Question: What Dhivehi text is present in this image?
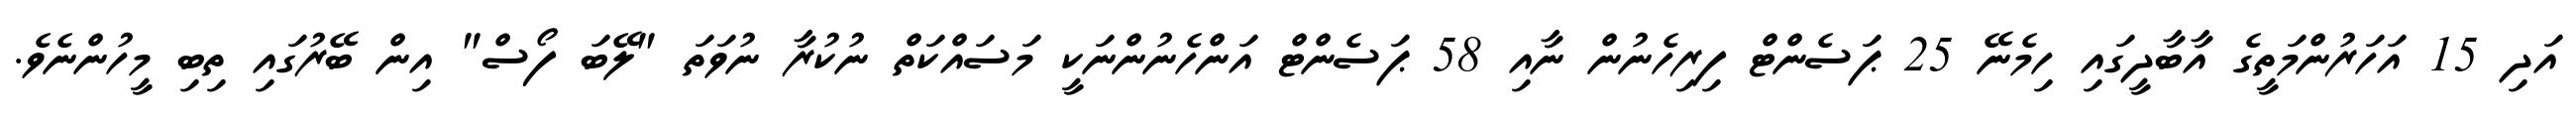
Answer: އަދި 15 އަހަރުންމަތީގެ އާބާދީގައި ހިމެނޭ 25 ޕަސެންޓް ފިރިހެނުން ނާއި 58 ޕަސެންޓް އަންހެނުންނަކީ މަސައްކަތް ނުކުރާ ނުވަތަ "ލޭބަ ފޯސް" އިން ބޭރުގައި ތިބި މީހުންނެވެ.